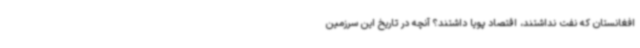
افغانستان که نفت نداشتند، اقتصاد پویا داشتند؟ آنچه در تاریخ این سرزمین